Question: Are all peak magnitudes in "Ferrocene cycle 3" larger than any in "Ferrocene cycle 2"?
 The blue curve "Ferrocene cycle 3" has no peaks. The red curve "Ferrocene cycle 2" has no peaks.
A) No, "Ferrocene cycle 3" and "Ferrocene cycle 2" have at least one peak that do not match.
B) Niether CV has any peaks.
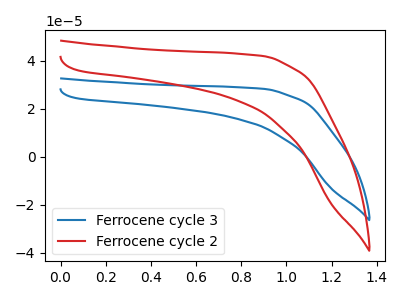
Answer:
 <answer>B) Niether CV has any peaks.</answer>
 <eval>B</eval>